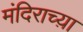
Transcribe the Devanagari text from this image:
मंदिराच्य़ा